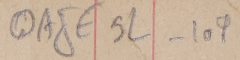
#QAJE5#L_1#0#9